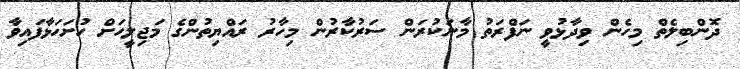
ދޮންބިލެތް މިހެން ވިދާޅުވީ ނަފްރަތު މާނަކުރަން ސަރުކާރުން މިހާރު ރައްޔިތުންގެ މަޖިލީހަށް ހުށަހަޅާފައިވާ